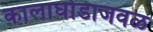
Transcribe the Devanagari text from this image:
कालाघोडाजवळ